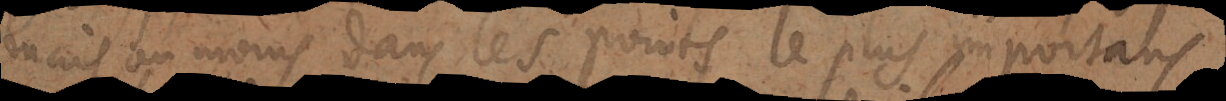
mais au moins dans les points les plus importans